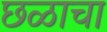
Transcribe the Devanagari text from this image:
छळाचा